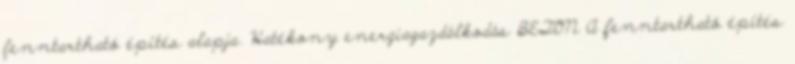
fenntartható építés alapja. Hatékony energiagazdálkodás BETON A fenntartható építés